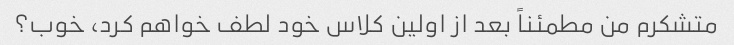
متشکرم من مطمئناً بعد از اولین کلاس خود لطف خواهم کرد، خوب؟